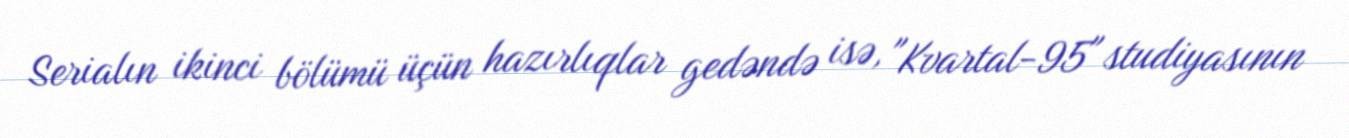
Serialın ikinci bölümü üçün hazırlıqlar gedəndə isə, "Kvartal-95" studiyasının